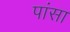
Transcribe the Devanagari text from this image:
पांसा